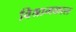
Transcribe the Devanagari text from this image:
विश्रामकाल